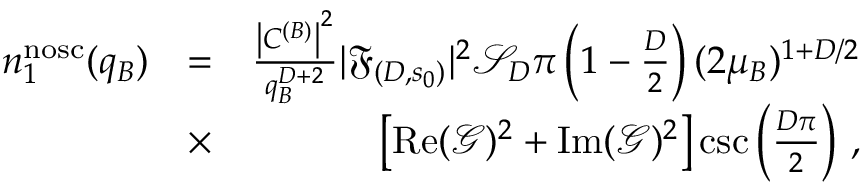
\begin{array} { r l r } { n _ { 1 } ^ { \mathrm { n o s c } } ( q _ { B } ) } & { = } & { \frac { \left| C ^ { ( B ) } \right| ^ { 2 } } { q _ { B } ^ { D + 2 } } | \mathfrak { F } _ { ( D , s _ { 0 } ) } | ^ { 2 } \mathcal { S } _ { D } \pi \left( 1 - \frac D 2 \right) ( 2 \mu _ { B } ) ^ { 1 + D / 2 } } \\ & { \times } & { \left[ \operatorname { R e } ( \mathcal { G } ) ^ { 2 } + \operatorname { I m } ( \mathcal { G } ) ^ { 2 } \right] \csc \left( \frac { D \pi } { 2 } \right) \, , } \end{array}